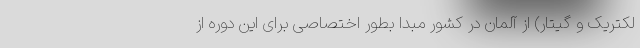
لکتریک و گیتار) از آلمان در کشور مبدا بطور اختصاصی برای این دوره از